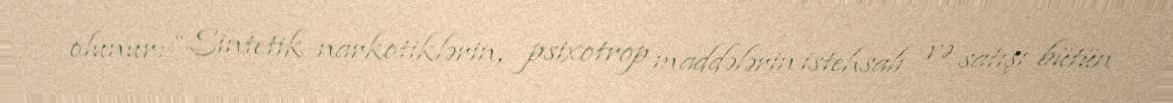
olunur: “Sintetik narkotiklərin, psixotrop maddələrin istehsalı və satışı bütün